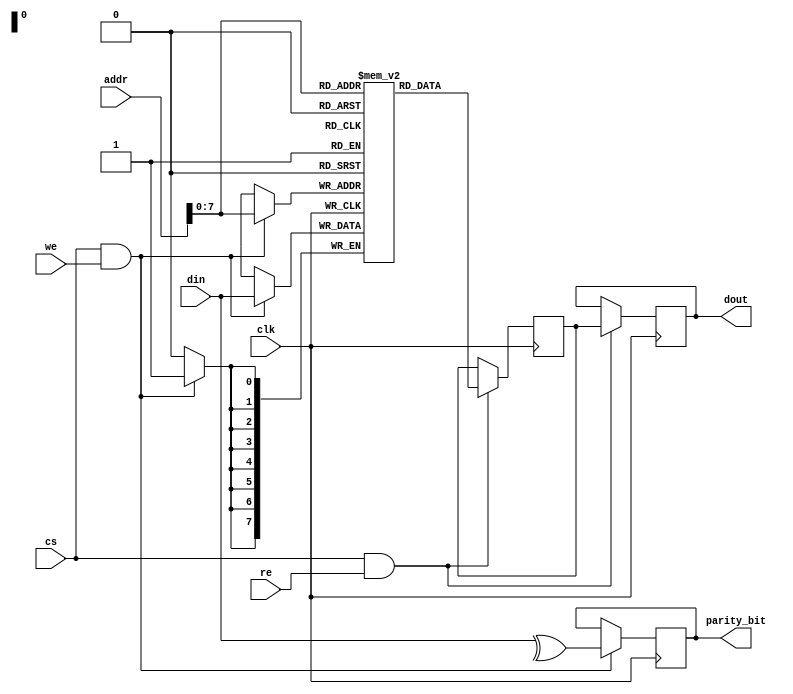
module ScratchpadMemory #(
    parameter DATA_WIDTH = 8,            // Data width (8, 16, 32)
    parameter MEM_DEPTH = 256             // Memory size (in bytes)
)(
    input wire clk,                       // Clock
    input wire cs,                        // Chip Select
    input wire we,                        // Write Enable
    input wire re,                        // Read Enable
    input wire [MEM_DEPTH-1:0] addr,     // Address
    input wire [DATA_WIDTH-1:0] din,      // Data Input
    output reg [DATA_WIDTH-1:0] dout,     // Data Output
    output reg parity_bit                  // Optional parity bit
);

    // Memory declaration
    reg [DATA_WIDTH-1:0] memory [0:MEM_DEPTH-1];
    reg [DATA_WIDTH-1:0] memory_out;
    
    // Initialize parity bit
    integer i;
    initial begin
        for (i = 0; i < MEM_DEPTH; i = i + 1) begin
            memory[i] = 0;
        end
        parity_bit = 0;
    end

    // Memory write operation
    always @(posedge clk) begin
        if (cs && we) begin
            memory[addr] <= din;
            // Calculate parity - Even parity
            parity_bit <= ^din;
        end
    end

    // Memory read operation
    always @(posedge clk) begin
        if (cs && re) begin
            memory_out <= memory[addr];
        end
    end

    // Output logic
    always @(posedge clk) begin
        if (cs && re) begin
            dout <= memory_out;
        end
    end

endmodule